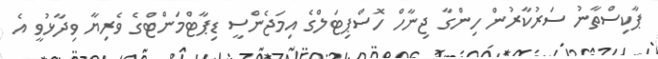
ޕާކިސްތާނު ސަރުކާރުން ހިންގާ ޖިނާހް ހޮސްޕިޓަލްގެ އިމަޖެންސީ ޑިޕާޓްމަންޓްގެ ވެރިޔާ ވިދާޅުވީ އެ